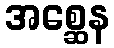
အစ္ဆေန